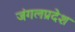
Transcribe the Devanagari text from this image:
जंगलप्रदेश